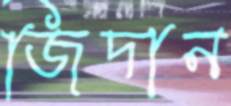
জিদান